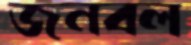
জনবল